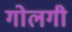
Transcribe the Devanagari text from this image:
गोलगी